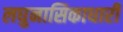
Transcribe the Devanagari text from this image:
लघुनासिकाधारी